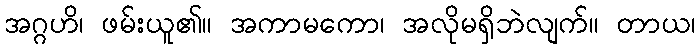
အဂ္ဂဟိ၊ ဖမ်းယူ၏။ အကာမကော၊ အလိုမရှိဘဲလျက်။ တာယ၊